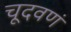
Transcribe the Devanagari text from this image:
चूदवणं